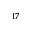
^ { 1 7 }